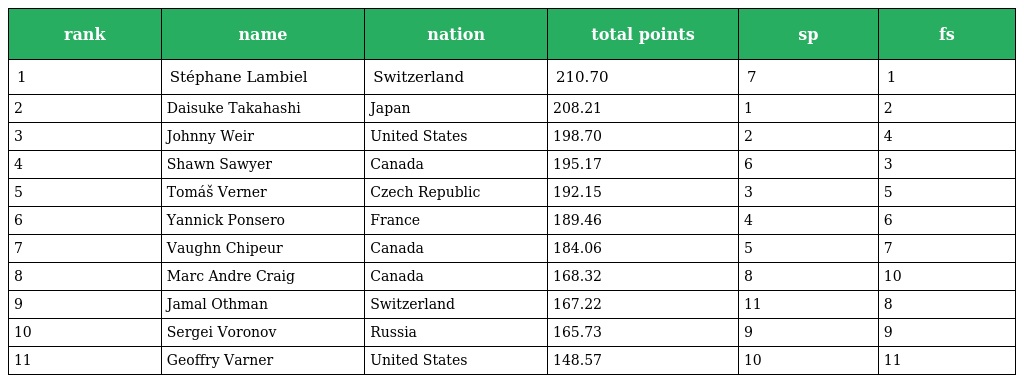
| rank | name | nation | total points | sp | fs |
 | --- | --- | --- | --- | --- | --- |
 | 1 | Stéphane Lambiel | Switzerland | 210.70 | 7 | 1 |
 | 2 | Daisuke Takahashi | Japan | 208.21 | 1 | 2 |
 | 3 | Johnny Weir | United States | 198.70 | 2 | 4 |
 | 4 | Shawn Sawyer | Canada | 195.17 | 6 | 3 |
 | 5 | Tomáš Verner | Czech Republic | 192.15 | 3 | 5 |
 | 6 | Yannick Ponsero | France | 189.46 | 4 | 6 |
 | 7 | Vaughn Chipeur | Canada | 184.06 | 5 | 7 |
 | 8 | Marc Andre Craig | Canada | 168.32 | 8 | 10 |
 | 9 | Jamal Othman | Switzerland | 167.22 | 11 | 8 |
 | 10 | Sergei Voronov | Russia | 165.73 | 9 | 9 |
 | 11 | Geoffry Varner | United States | 148.57 | 10 | 11 |